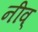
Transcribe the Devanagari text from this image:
नीव्